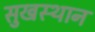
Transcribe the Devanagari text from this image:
सुखस्थान